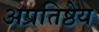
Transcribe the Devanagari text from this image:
अप्रतिष्ठेय